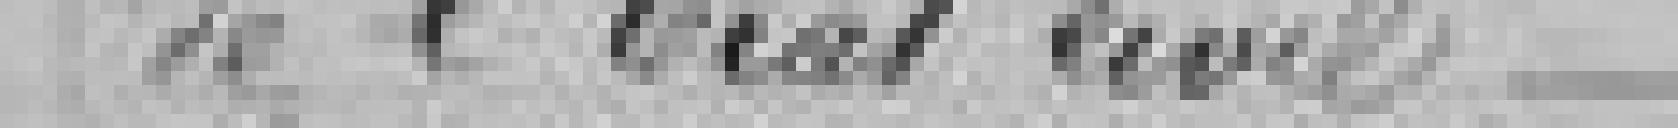
de l'Etat civil